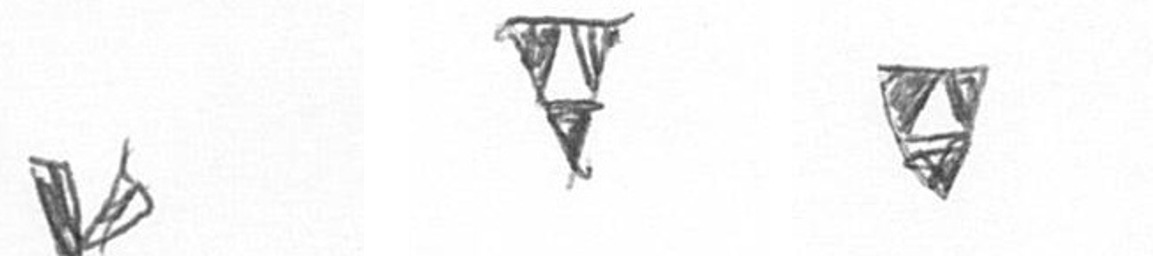
F S S